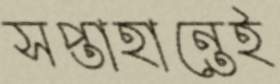
সপ্তাহান্তেই